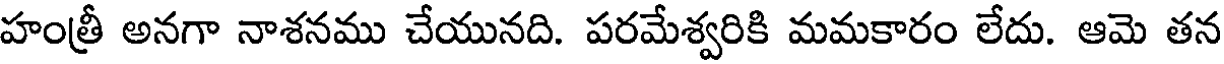
హంత్రీ అనగా నాశనము చేయునది. పరమేశ్వరికి మమకారం లేదు. ఆమె తన